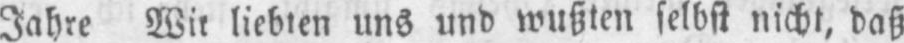
Jahre Wir liebten uns und wußten selbst nicht, daß